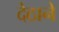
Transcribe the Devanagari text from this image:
देठाने